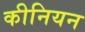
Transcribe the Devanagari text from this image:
कीनियन